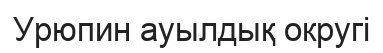
Урюпин ауылдық округі